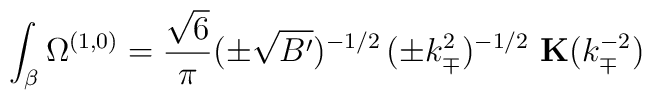
\int_\beta \Omega^{(1,0)} = \frac{\sqrt{6}}{\pi} (\pm \sqrt{B^\prime})^{-1/2}\, (\pm k_\mp^2)^{-1/2}\, \, {\bf K} ( k_\mp^{-2} )